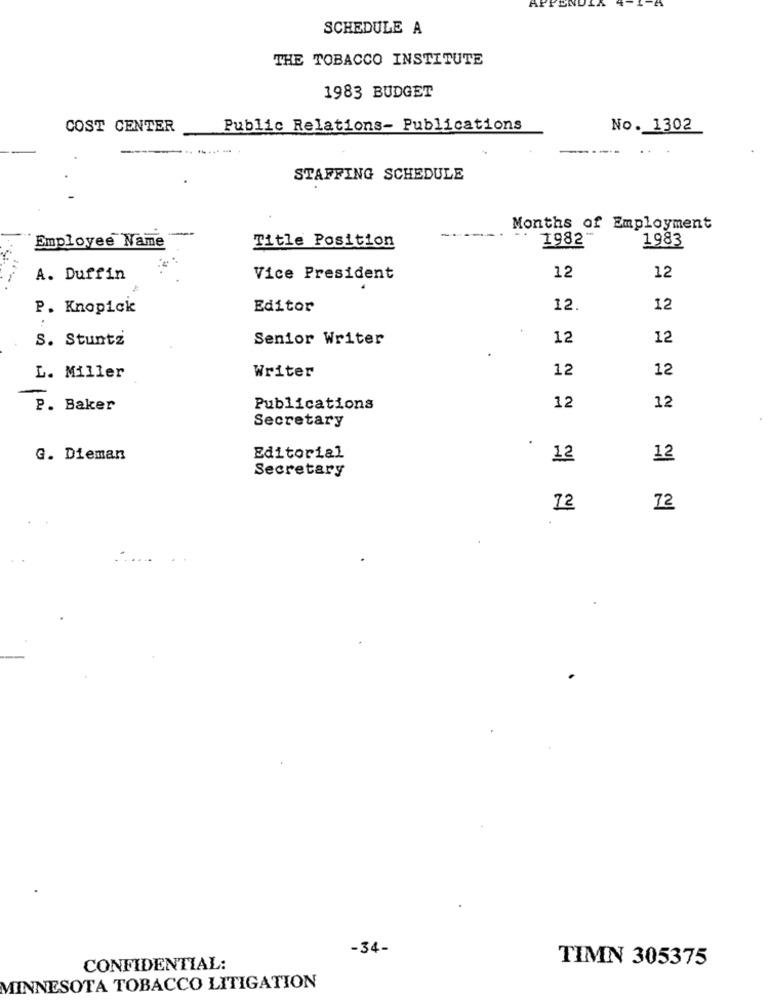
SCHEDULE A
THE TOBACCO INSTITUTE
1983 BUDGET
COST CENTER
Public Relations- Publications
No. 1302
STAFFING SCHEDULE
Months of Employment
Employee Name
1982
1983
Title Position
12
12
A. Duffin
Vice President
.
P. Knopick
Editor
12.
12
S. Stuntz
Senior Writer
12
12
Writer
12
12
L. Miller
-
P. Baker
Publications
12
12
Secretary
G. Dieman
Editorial
12
12
Secretary
72
72
-34-
TIMN 305375
CONFIDENTIAL:
MINNESOTA TOBACCO LITIGATION